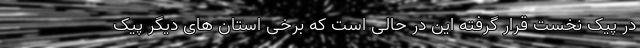
در پیک نخست قرار گرفته این در حالی است که برخی استان های دیگر پیک